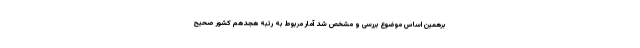
برهمین اساس موضوع بررسی و مشخص شد آمار مربوط به رتبه هجدهم کشور صحیح